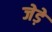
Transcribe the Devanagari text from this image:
जेड़े